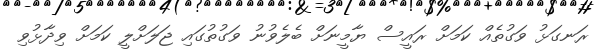
ރަނގަޅު ވަގުތެއް ކަމަށް ރައީސް ޔާމީނަށް ބެލެވުނު ވަގުތުގައި ޖަލަށްލީ ކަމަށް ވިދާޅުވި